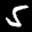
Label: 5